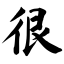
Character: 很